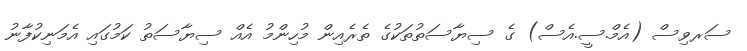
ސަރވިސް (އެމް.ސީ.އެސް) ގެ ސިޔާސަތުތަކުގެ ތެރެއިން މުހިންމު އެއް ސިޔާސަތު ކަމުގައި އެމަނިކުފާނު